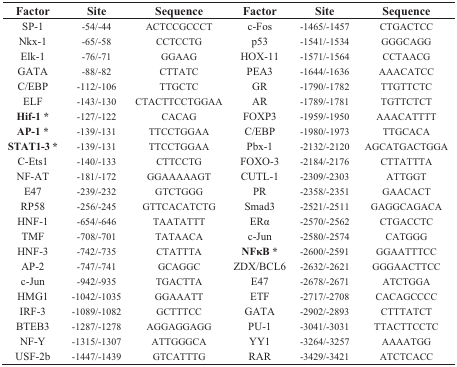
<table><thead><tr><td><b>Factor</b></td><td><b>Site</b></td><td><b>Sequence</b></td><td><b>Factor</b></td><td><b>Site</b></td><td><b>Sequence</b></td></tr></thead><tbody><tr><td>SP-1</td><td>-54/-44</td><td>ACTCCGCCCT</td><td>c-Fos</td><td>-1465/-1457</td><td>CTGACTCC</td></tr><tr><td>Nkx-1</td><td>-65/-58</td><td>CCTCCTG</td><td>p53</td><td>-1541/-1534</td><td>GGGCAGG</td></tr><tr><td>Elk-1</td><td>-76/-71</td><td>GGAAG</td><td>HOX-11</td><td>-1571/-1564</td><td>CCTAACG</td></tr><tr><td>GATA</td><td>-88/-82</td><td>CTTATC</td><td>PEA3</td><td>-1644/-1636</td><td>AAACATCC</td></tr><tr><td>C/EBP</td><td>-112/-106</td><td>TTGCTC</td><td>GR</td><td>-1790/-1782</td><td>TTGTTCTC</td></tr><tr><td>ELF</td><td>-143/-130</td><td>CTACTTCCTGGAA</td><td>AR</td><td>-1789/-1781</td><td>TGTTCTCT</td></tr><tr><td><b>Hif-1 *</b></td><td>-127/-122</td><td>CACAG </td><td>FOXP3</td><td>-1959/-1950</td><td>AAACATTTT</td></tr><tr><td><b>AP-1 *</b></td><td>-139/-131</td><td>TTCCTGGAA</td><td>C/EBP</td><td>-1980/-1973</td><td>TTGCACA</td></tr><tr><td><b>STAT1-3 *</b></td><td>-139/-131</td><td>TTCCTGGAA</td><td>Pbx-1</td><td>-2132/-2120</td><td>AGCATGACTGGA</td></tr><tr><td>C-Ets1</td><td>-140/-133</td><td>CTTCCTG</td><td>FOXO-3</td><td>-2184/-2176</td><td>CTTATTTA</td></tr><tr><td>NF-AT</td><td>-181/-172</td><td>GGAAAAAGT</td><td>CUTL-1</td><td>-2309/-2303</td><td>ATTGGT</td></tr><tr><td>E47</td><td>-239/-232</td><td>GTCTGGG</td><td>PR</td><td>-2358/-2351</td><td>GAACACT</td></tr><tr><td>RP58</td><td>-256/-245</td><td>GTTCACATCTG</td><td>Smad3</td><td>-2521/-2511</td><td>GAGGCAGACA</td></tr><tr><td>HNF-1</td><td>-654/-646</td><td>TAATATTT</td><td>ERα</td><td>-2570/-2562</td><td>CTGACCTC</td></tr><tr><td>TMF</td><td>-708/-701</td><td>TATAACA</td><td>c-Jun</td><td>-2580/-2574</td><td>CATGGG</td></tr><tr><td>HNF-3</td><td>-742/-735</td><td>CTATTTA</td><td><b>NFκB *</b></td><td>-2600/-2591</td><td>GGAATTTCC</td></tr><tr><td>AP-2</td><td>-747/-741</td><td>GCAGGC</td><td>ZDX/BCL6</td><td>-2632/-2621</td><td>GGGAACTTCC</td></tr><tr><td>c-Jun</td><td>-942/-935</td><td>TGACTTA</td><td>E47</td><td>-2678/-2671</td><td>ATCTGGA</td></tr><tr><td>HMG1</td><td>-1042/-1035</td><td>GGAAATT</td><td>ETF</td><td>-2717/-2708</td><td>CACAGCCCC</td></tr><tr><td>IRF-3</td><td>-1089/-1082</td><td>GCTTTCC</td><td>GATA</td><td>-2902/-2893</td><td>CTTTATCT</td></tr><tr><td>BTEB3</td><td>-1287/-1278</td><td>AGGAGGAGG</td><td>PU-1</td><td>-3041/-3031</td><td>TTACTTCCTC</td></tr><tr><td>NF-Y</td><td>-1315/-1307</td><td>ATTGGGCA</td><td>YY1</td><td>-3264/-3257</td><td>AAAATGG</td></tr><tr><td>USF-2b</td><td>-1447/-1439</td><td>GTCATTTG</td><td>RAR </td><td>-3429/-3421</td><td>ATCTCACC</td></tr></tbody></table>